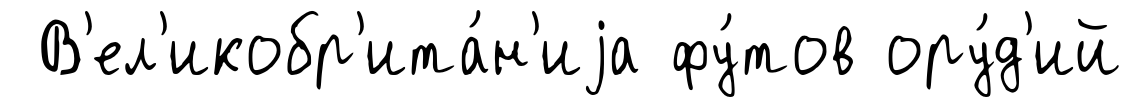
В'ел'икобр'ита́н'иjа фу́тов ору́д'ий